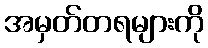
အမှတ်တရများကို